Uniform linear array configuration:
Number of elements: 64
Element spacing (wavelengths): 0.5
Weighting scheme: binomial
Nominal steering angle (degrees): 60
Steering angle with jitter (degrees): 58.365
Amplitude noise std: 0.05
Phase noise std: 0.05

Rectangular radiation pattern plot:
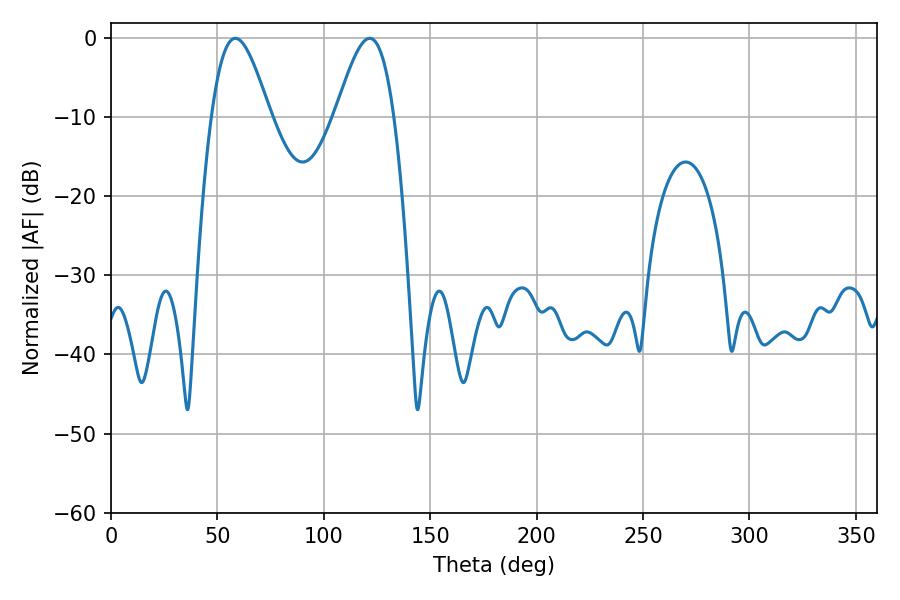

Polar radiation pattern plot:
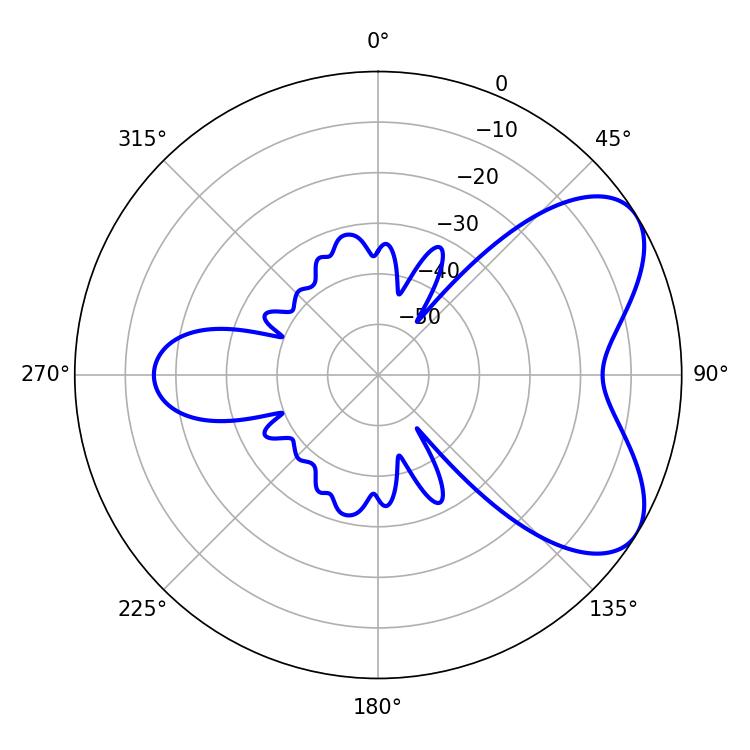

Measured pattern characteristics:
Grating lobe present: FALSE
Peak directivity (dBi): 6.109
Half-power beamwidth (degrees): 14.76
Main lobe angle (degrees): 58.5